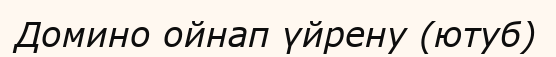
Домино ойнап үйрену (ютуб)